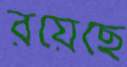
রয়েছে